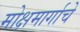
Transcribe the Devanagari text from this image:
मोक्षमार्गाचे